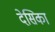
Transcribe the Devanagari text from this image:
देसिका